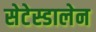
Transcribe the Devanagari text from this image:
सेटेस्डालेन